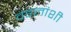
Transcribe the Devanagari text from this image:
वडलांशी